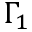
\Gamma _ { 1 }